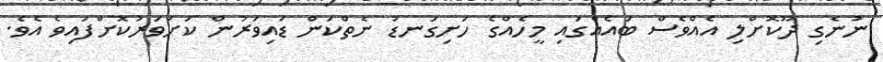
ނުނެގި ދޫކޮށްލި އެއްވެސް ބައެއްގައި މީހެއްގެ ހަށިގަނޑު ނެތްކަން ޑައިވަރުން ކަށަވަރުކޮށްފައިވެ އެވެ.